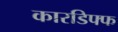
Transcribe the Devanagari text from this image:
कारडिफ्फ